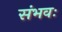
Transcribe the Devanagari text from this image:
संभवः